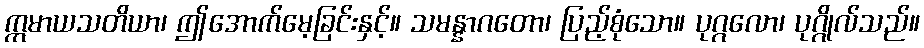
ဣမာယသတိယာ၊ ဤအောက်မေ့ခြင်းနှင့်။ သမန္နာဂတော၊ ပြည့်စုံသော။ ပုဂ္ဂလော၊ ပုဂ္ဂိုလ်သည်။